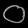
Digit: ၀